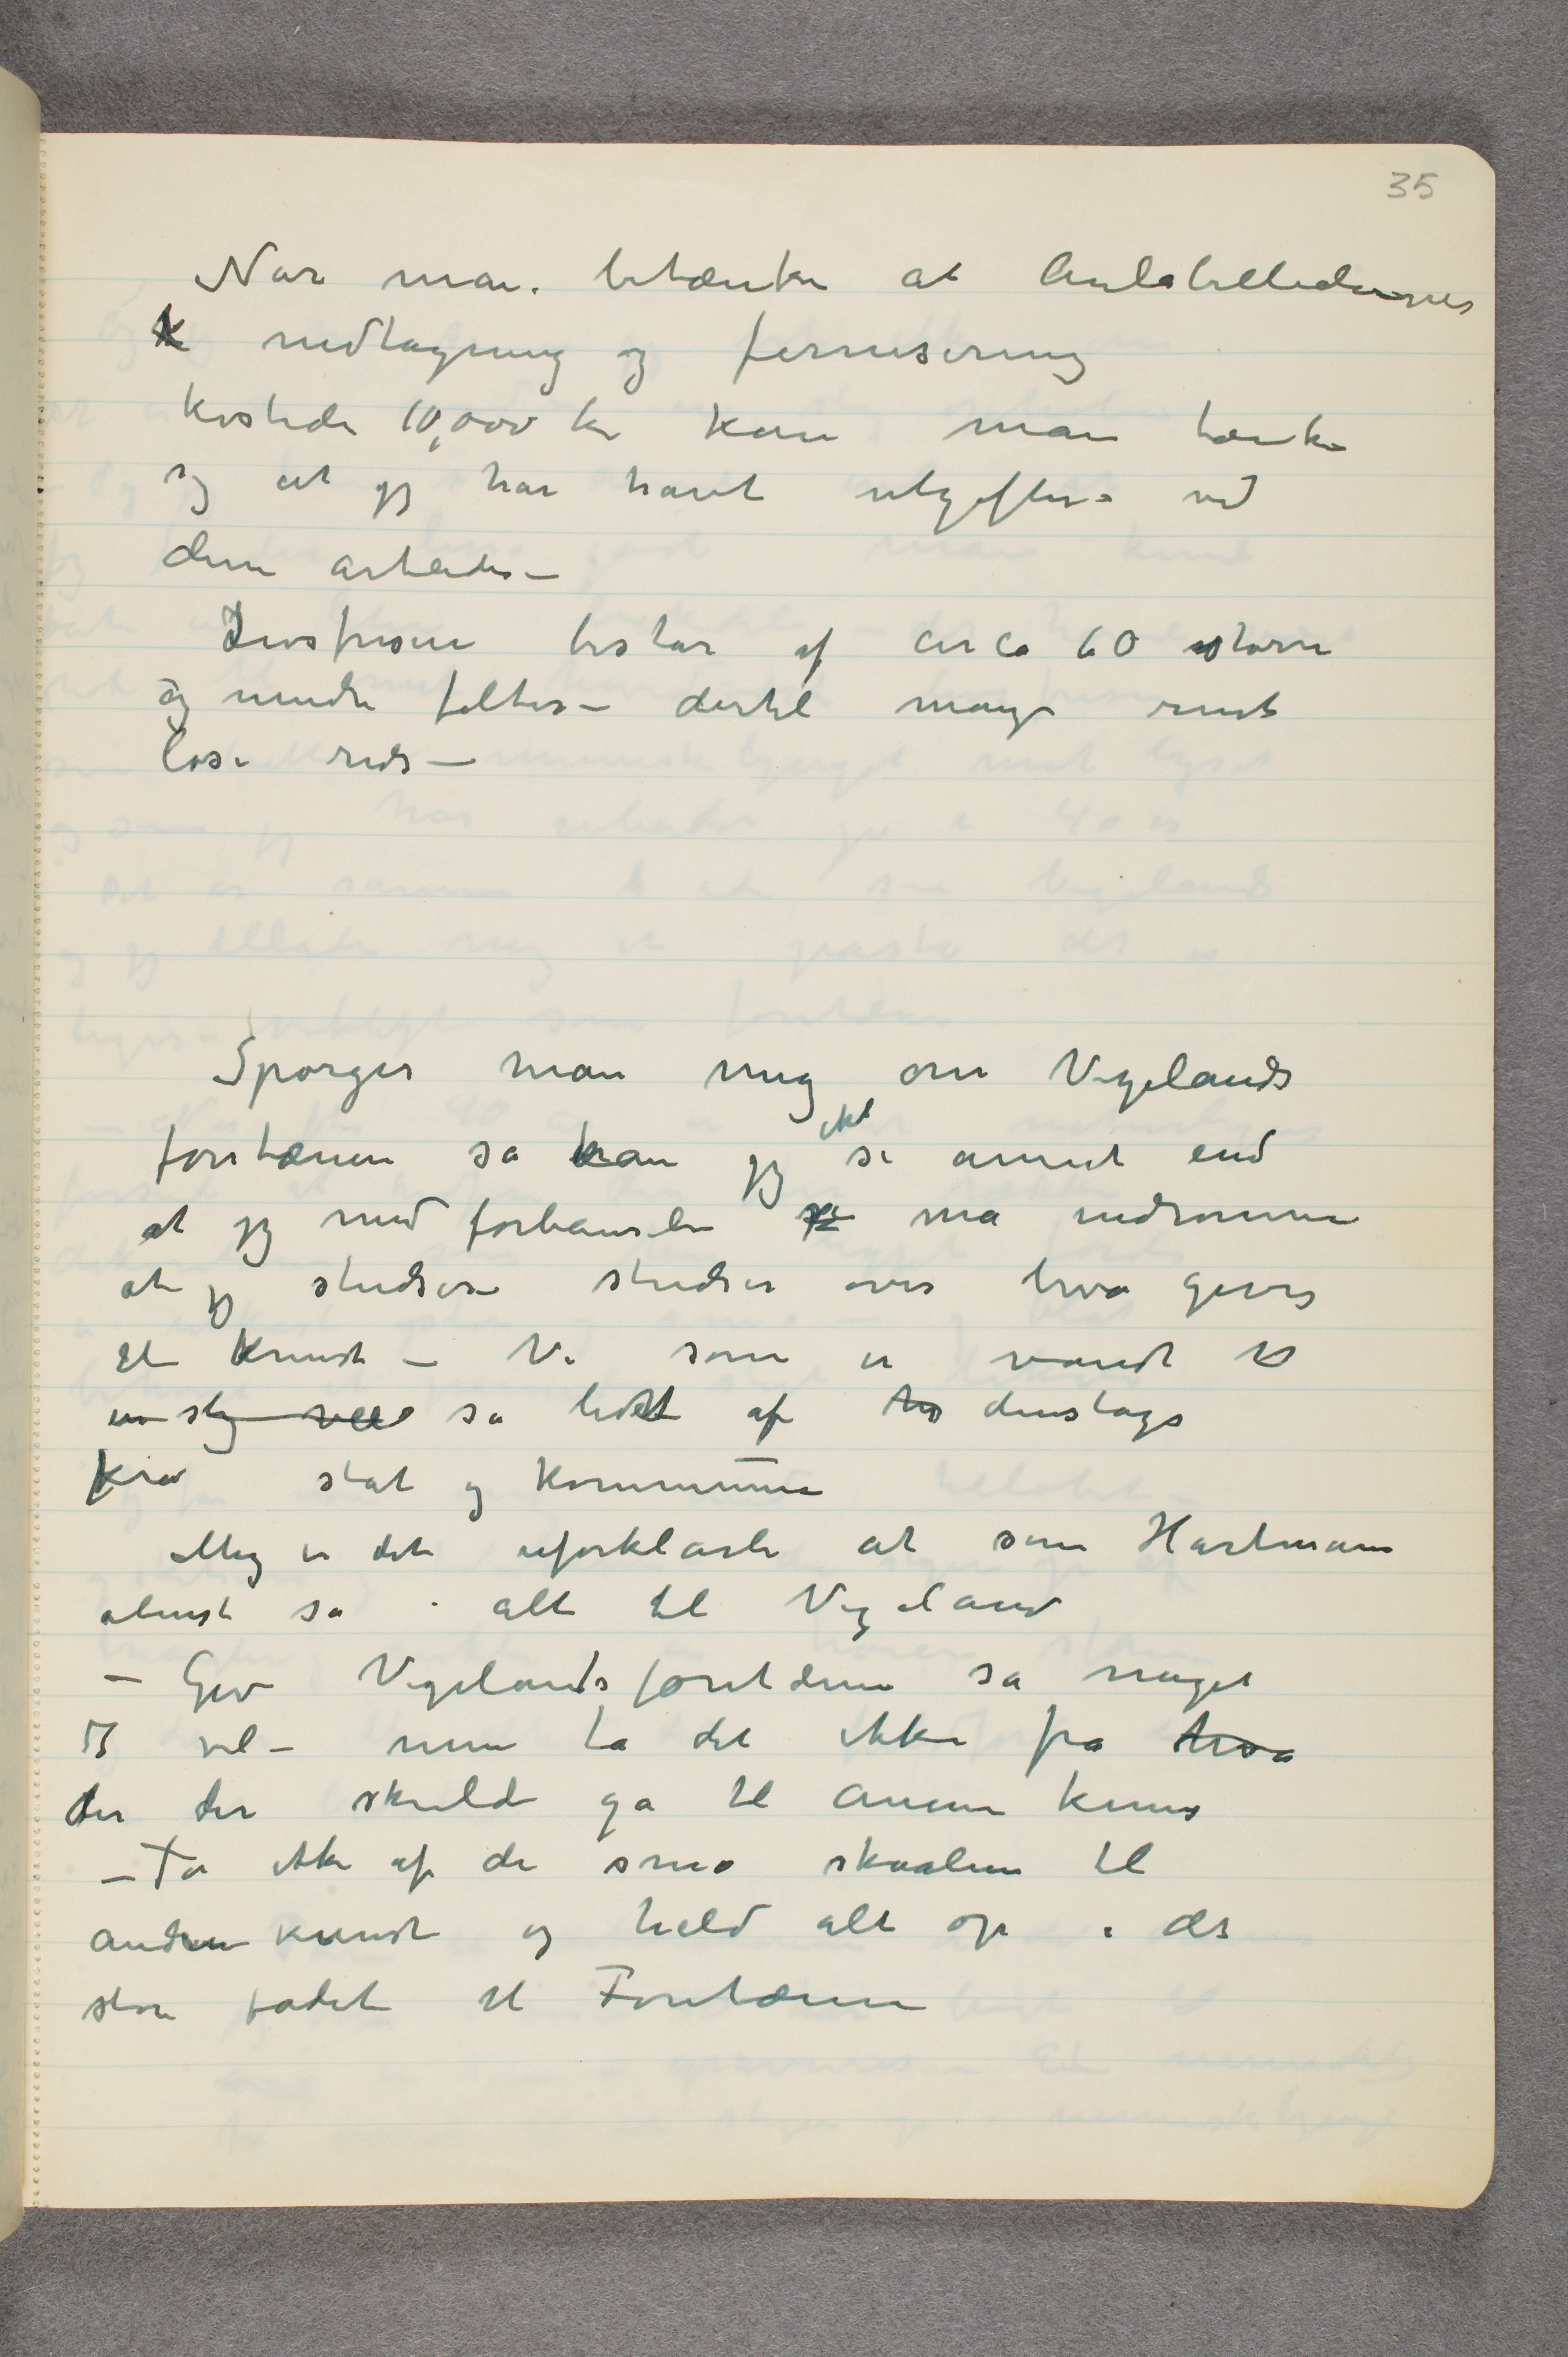
Når man betænker at Aulabilledernes
k nedtagning og fernisering
kostede 10,000 kr kan man tænke
sig at jeg har havt utgifter ved
disse arbeider –
Livsfrisen består af circa 60 større
og mindre felter – dertil mange rent
løse rids –

Spørger man mig om Vigelands
fontæne så kan jeg ikke si annet end
at jeg med forbauselse  …  må indrømme
at jeg studser – studser over hva gives
til kunst – Vi som er vandt til
en slig veld så lidet af  …  denslags
fra stat og kommune
Meg er det uforklarli at som Hartmann
åbent sa – alt til Vigeland
– Giv Vigelandsforntænen så meget
I vil – men ta det ikke fra hva
der der skulde gå til annen kunst
– Ta ikke af de små skaalene til
anden kunst og held alt op i det
store fadet til Fontænen